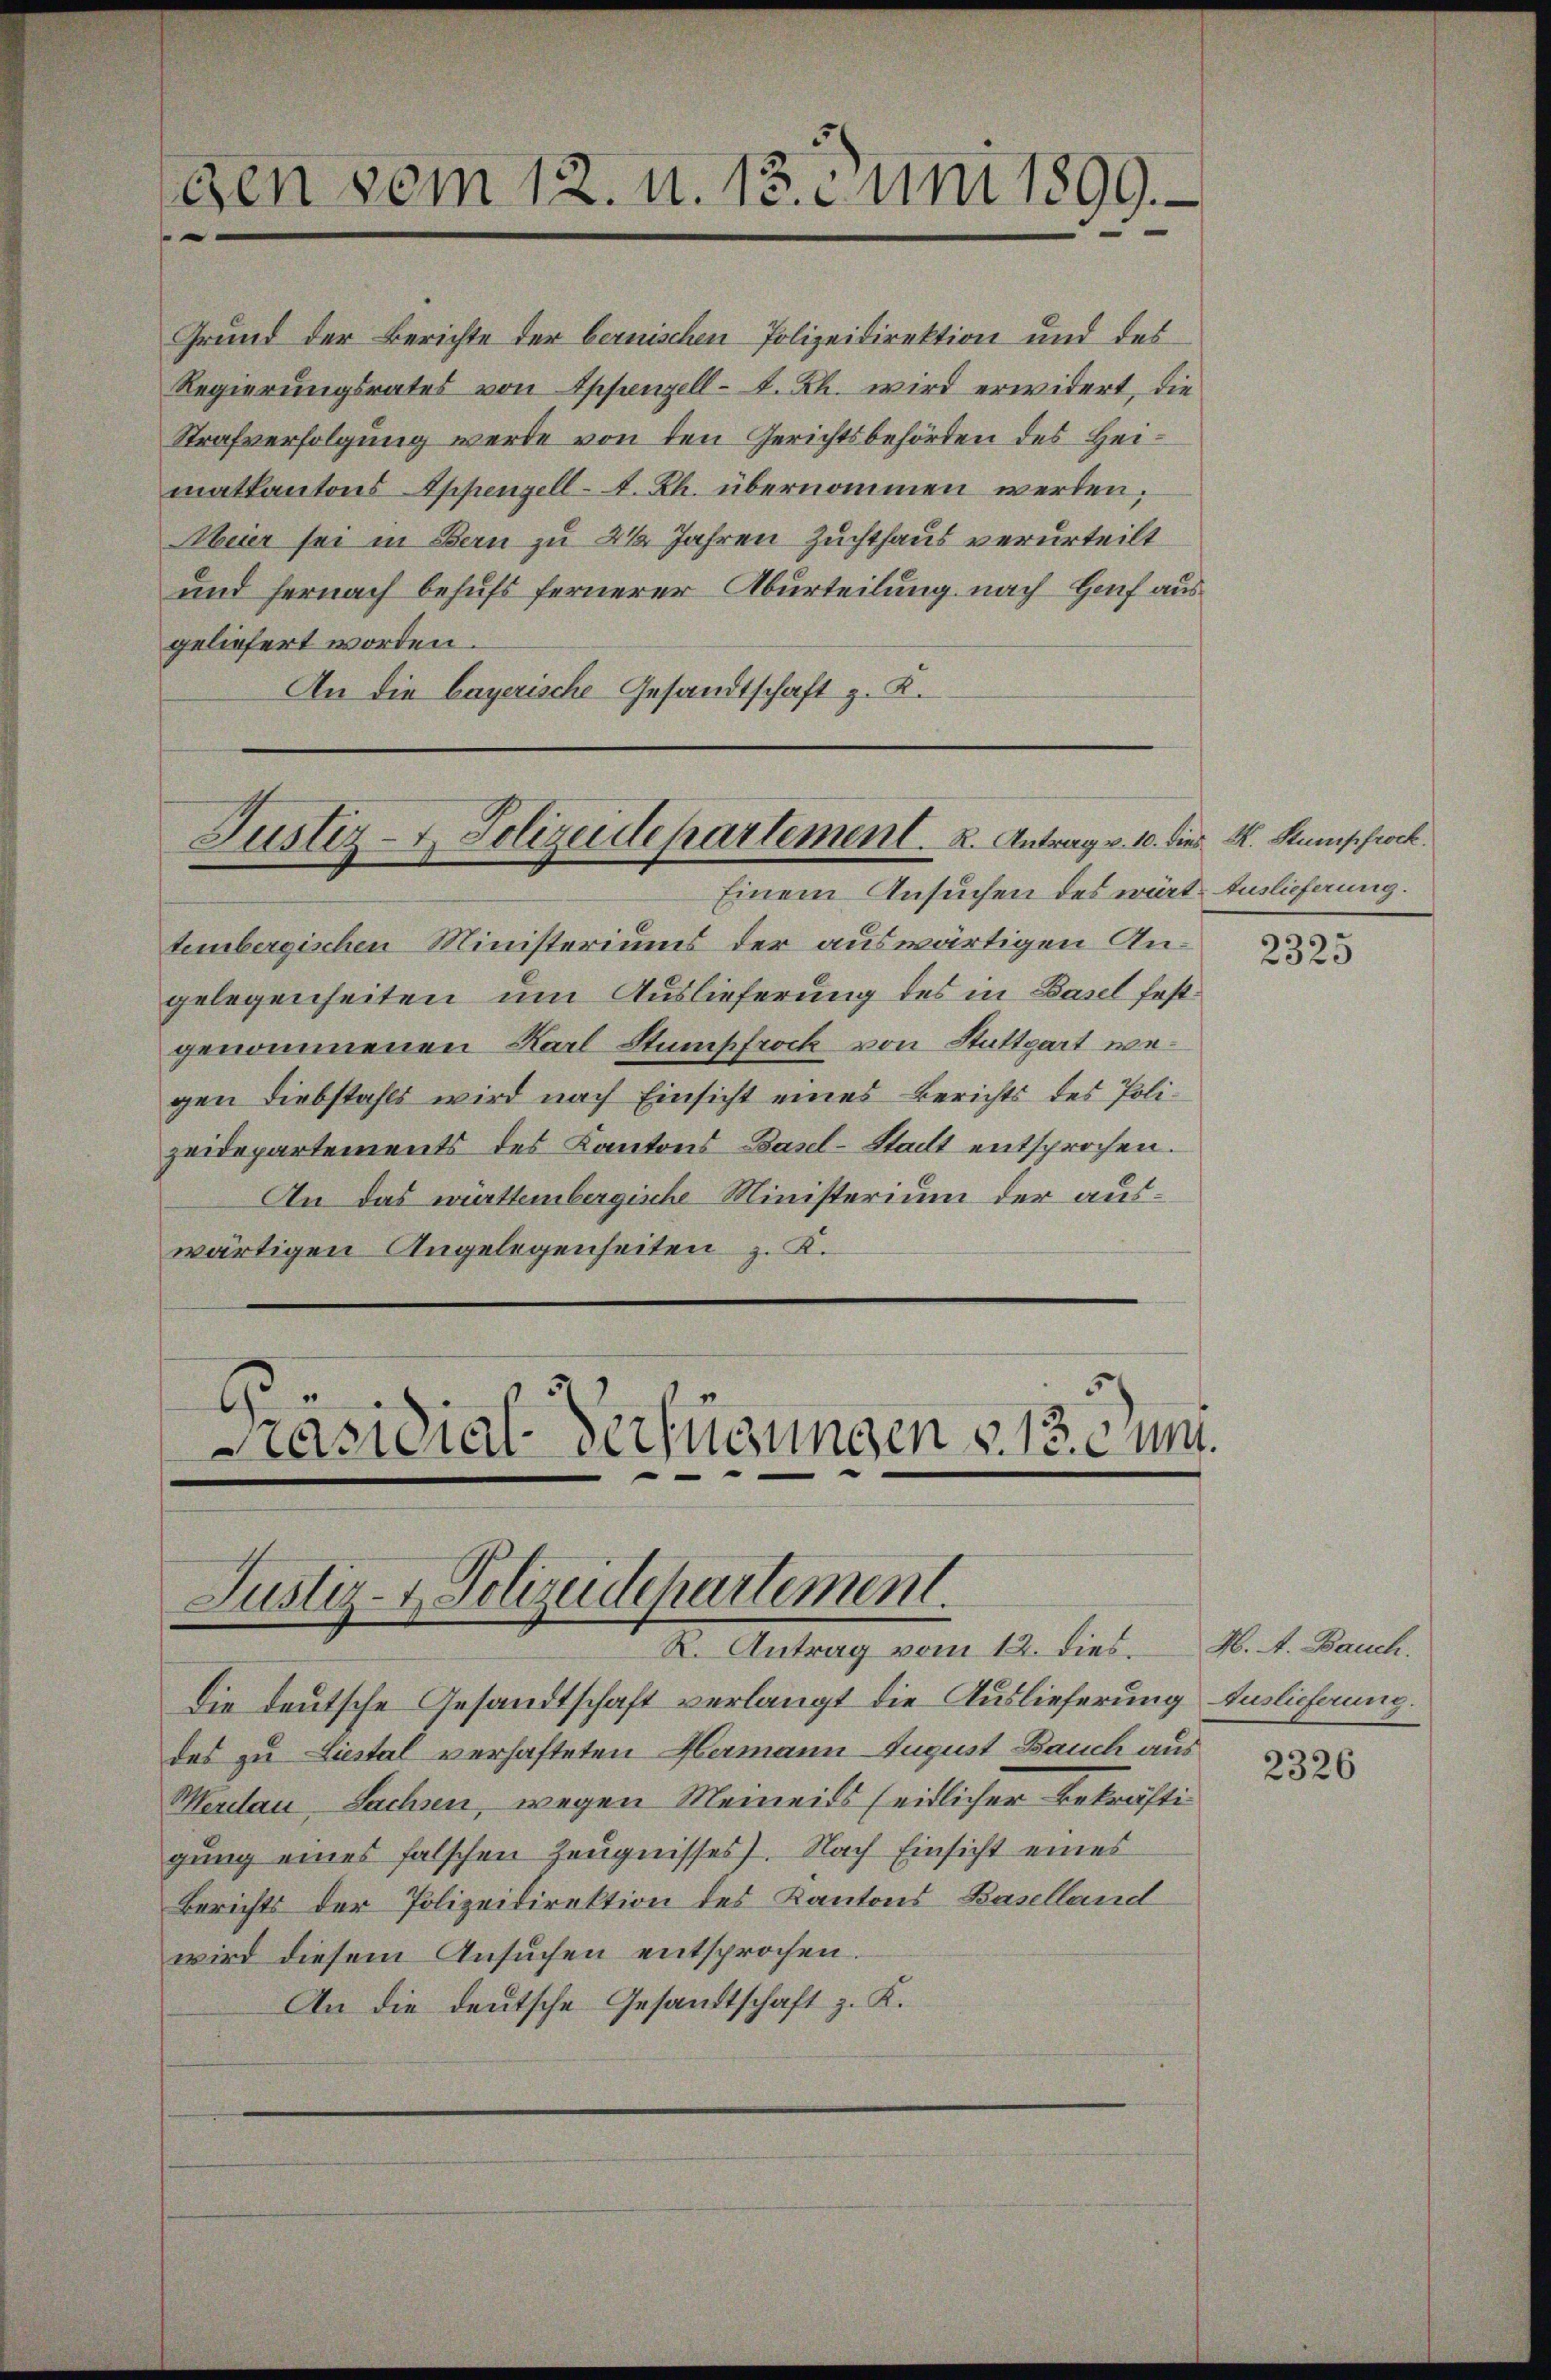
den vom 12. u. 13. uni 1899.
e

Strafverfolgung werde von den Gerichtsbehörden des Heimatkantons Appenzell A. Rh. übernommen werden;
Meier sei in Bern zu 2 1/2 Jahren Zuchthaus verurteilt
und hernach behufs fernerer Aburteilung nach Hanf aus
geliefert worden.
An die bayerische Gesandtschaft z. K.

Grund der Berichte der bernischen Polizeidirektion und des
Regierungsrates von Appenzell- u. Rh. wird erwidert, die

Justiz- & Polizeidepartement. 2. Antrag v. 10. die K. Rumphrock.

Einem Ansuchen des wärte Auslieferung.
tembergischen Ministeriums der auswärtigen Angelegenheiten um Auslieferung des in Basel festgenommenen Karl Stumpfrock von Stuttgart wegen Diebstahls wird nach Einsicht eines Berichts des Polizeidepartements des Kantons Basel-Stadt entsprochen.
An das württembergische Ministerium der auswärtigen Angelegenheiten z. K.

E
Präsidial-Verfügungen v. 13. cum
Justiz- & Polizeidepartement.
R. Antrag vom 12. dies H. A. Bauch.

Die deutsche Gesandtschaft verlangt die Auslieferung Auslicherung.
des zu Liestal verhafteten Hermann August Bauch aus
Merclau, Sachsen, wegen Meineits seitlicher Bekräftigŭng eines falschen Zeŭgnisses). Nach Einsicht eines
Berichts der Polizeidirektion des Kantons Baselland
wird diesem Ansuchen entsprochen.
An die deutsche Gesandtschaft z. K.

2325

2326